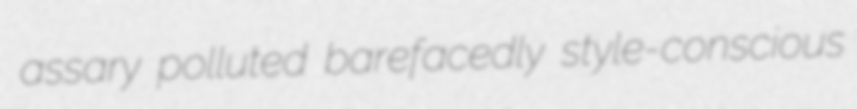
assary polluted barefacedly style-conscious